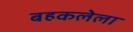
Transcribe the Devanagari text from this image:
बहकलेला